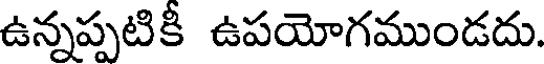
ఉన్నప్పటికీ ఉపయోగముండదు.